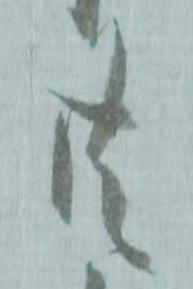
共